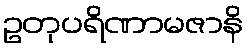
ဥတုပရိဏာမဇာနိ